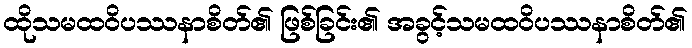
ထိုသမထဝိပဿနာစိတ်၏ ဖြစ်ခြင်း၏ အခွင့်သမထဝိပဿနာစိတ်၏